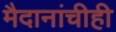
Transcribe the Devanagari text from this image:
मैदानांचीही